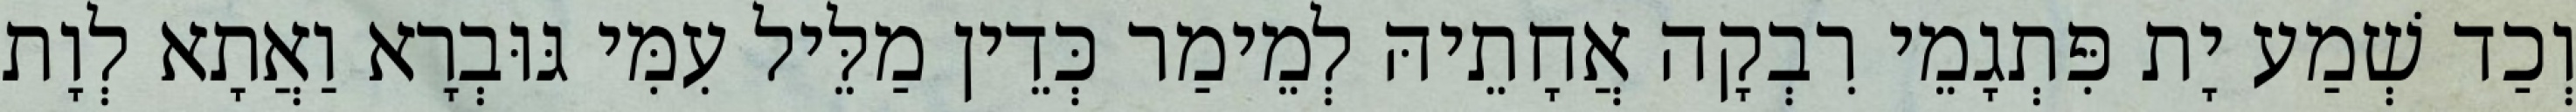
וְכַד שְׁמַע יָת פִּתְגָמֵי רִבְקָה אֲחָתֵיהּ לְמֵימַר כְּדֵין מַלֵּיל עִמִּי גּוּבְרָא וַאֲתָא לְוָת